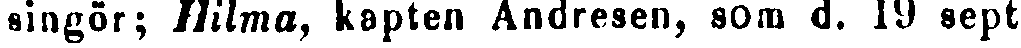
singör; Hilma, kapten Andresen, som d. 19 sept.